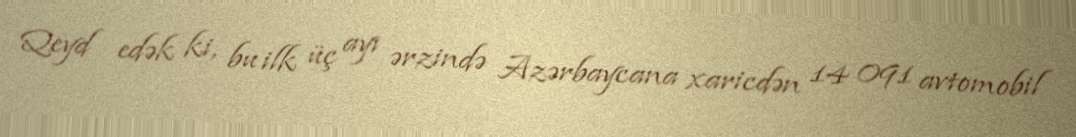
Qeyd edək ki, bu ilk üç ayı ərzində Azərbaycana xaricdən 14 091 avtomobil